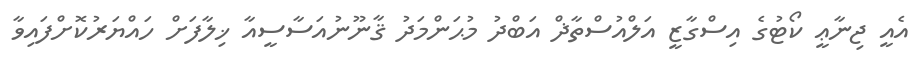
އެއީ ޖިނާޢީ ކޯޓުގެ އިސްގާޒީ އަލްއުސްތާޛް އަބްދު މުޙަންމަދު ޤާނޫނުއަސާސީއާ ޚިލާފަށް ހައްޔަރުކޮށްފައިވާ